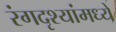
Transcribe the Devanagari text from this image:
रंगदृश्यांमध्ये